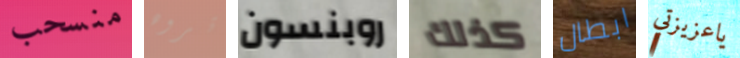
منسحب تروه روبنسون كذلك ابطال ياعزيزتي